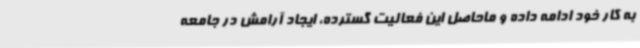
به کار خود ادامه داده و ماحاصل این فعالیت گسترده، ایجاد آرامش در جامعه